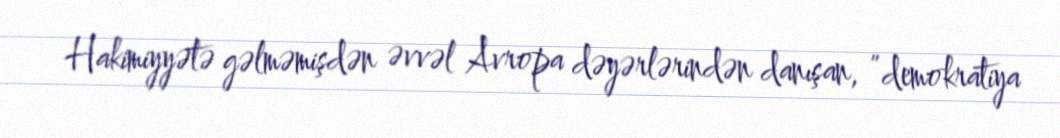
Hakimiyyətə gəlməmişdən əvvəl Avropa dəyərlərindən danışan, ”demokratiya